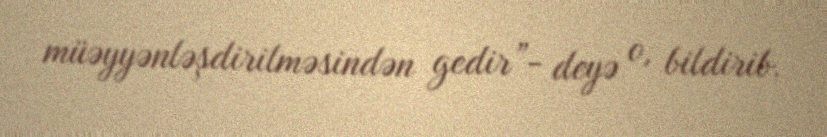
müəyyənləşdirilməsindən gedir”- deyə o, bildirib.